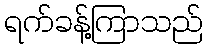
ရက်ခန့်ကြာသည်